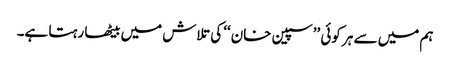
ہم میں سے ہر کوئی ’’سپین خان‘‘ کی تلاش میں بیٹھا رہتا ہے۔